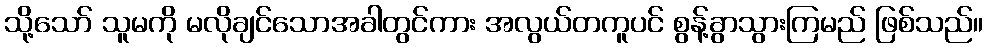
သို့သော် သူမကို မလိုချင်သောအခါတွင်ကား အလွယ်တကူပင် စွန့်ခွာသွားကြမည် ဖြစ်သည်။